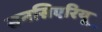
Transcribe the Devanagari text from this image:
सनसिएरियू